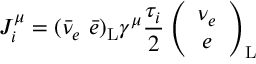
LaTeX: J _ { i } ^ { \mu } = ( \bar { \nu } _ { e } ~ \bar { e } ) _ { \mathrm { L } } \gamma ^ { \mu } \frac { \tau _ { i } } { 2 } \left( \begin{array} { c } { { \nu _ { e } } } \\ { { e } } \end{array} \right) _ { \mathrm { L } }